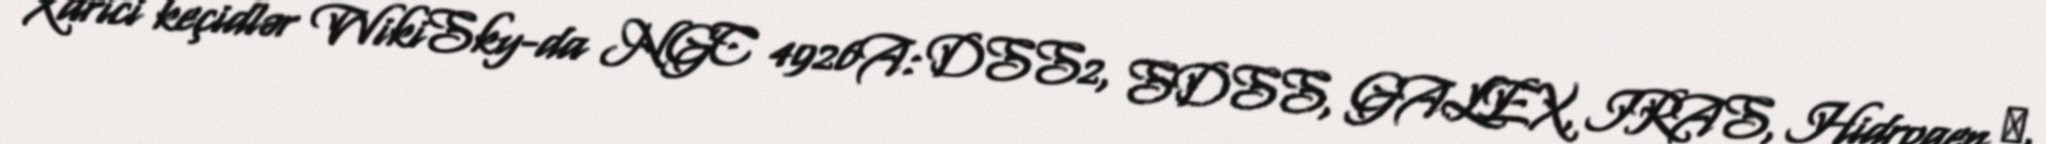
Xarici keçidlər WikiSky-da NGC 4926A: DSS2, SDSS, GALEX, IRAS, Hidrogen α,